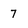
Character: 7